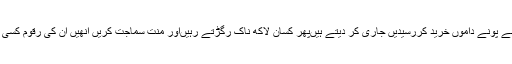
شوگر ملوں والے گنا اونے پونے داموں خرید کررسیدیں جاری کر دیتے ہیںپھر کسان لاکھ ناک رگڑتے رہیںاور منت سماجت کریں انھیں ان کی رقوم کسی صورت نہیں مل سکتیں۔